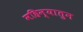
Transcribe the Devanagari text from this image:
महिन्यातुन